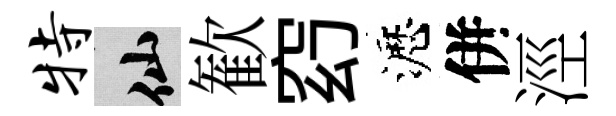
特仙歓𥥆瀝併涇